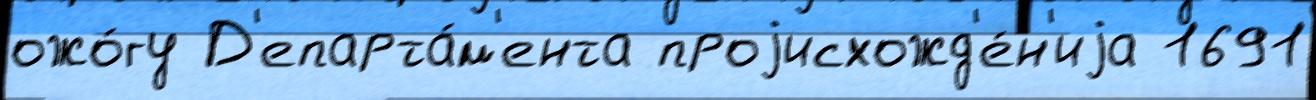
ожо́гу Д'епарта́м'ента проjисхожд'е́н'иjа 1691